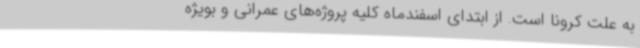
به علت کرونا است. از ابتدای اسفندماه کلیه پروژه‌های عمرانی و بویژه